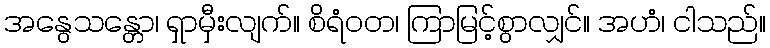
အနွေသန္တော၊ ရှာမှီးလျက်။ စိရံဝတ၊ ကြာမြင့်စွာလျှင်။ အဟံ၊ ငါသည်။